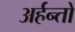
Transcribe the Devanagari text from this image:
अर्हन्तों